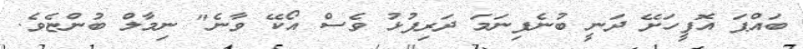
ބައްޕަ އޮފީހަށޭ ދަނީ ބުނެފިނަމަ ދަރިފުޅު ވެސް އޯކޭ ވާނެ" ނިމާލް ބުންޏެވެ.